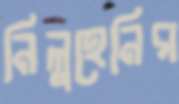
নিলুহেনির